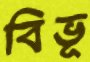
বিভূ